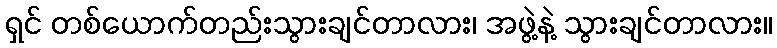
ရှင် တစ်ယောက်တည်းသွားချင်တာလား၊ အဖွဲ့နဲ့ သွားချင်တာလား။